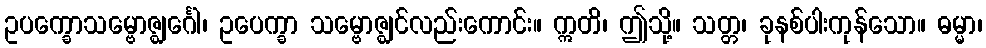
ဥပက္ခောသမ္ဗောဇ္ဈင်္ဂေါ၊ ဥပေက္ခာ သမ္ဗောဇ္ဈင်လည်းကောင်း။ ဣတိ၊ ဤသို့။ သတ္တ၊ ခုနစ်ပါးကုန်သော။ ဓမ္မာ၊